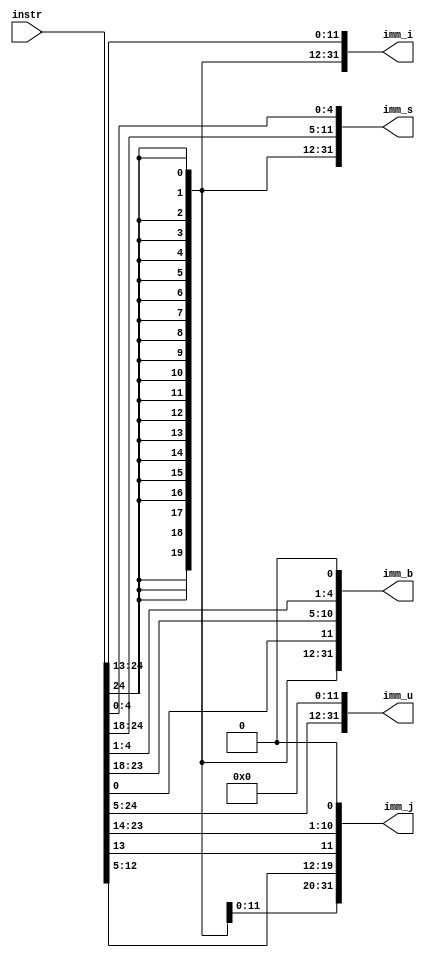
module signExtend(	input [24:0] instr,
					output [31:0] imm_i,
					output [31:0] imm_s,
					output [31:0] imm_b,
					output [31:0] imm_u,
					output [31:0] imm_j);

assign imm_i = { {20{{instr[24]}}}, instr[24:13]};
assign imm_s = { {20{instr[24]}}, instr[24:18], instr[4:0]};
assign imm_b = { {20{instr[24]}}, instr[0], instr[23:18], instr[4:1], 1'b0};
assign imm_u = { instr[24:5], {12{1'b0}}};
assign imm_j = { {12{instr[24]}}, instr[12:5], instr[13], instr[23:18], instr[17:14], 1'b0};

endmodule